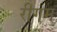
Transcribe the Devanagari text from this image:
रीगम